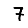
Digit: 7